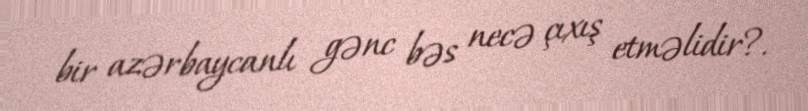
bir azərbaycanlı gənc bəs necə çıxış etməlidir?.